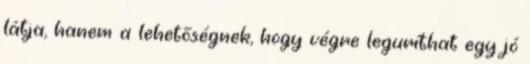
látja, hanem a lehetőségnek, hogy végre leguríthat egy jó